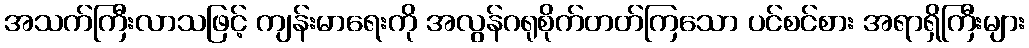
အသက်ကြီးလာသဖြင့် ကျန်းမာရေးကို အလွန်ဂရုစိုက်တတ်ကြသော ပင်စင်စား အရာရှိကြီးများ